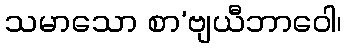
သမာသော စာ’ဗျယီဘာဝေါ၊